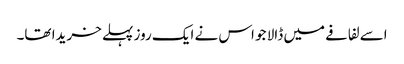
اسے لفافے میں ڈالا جو اس نے ایک روز پہلے خریدا تھا۔